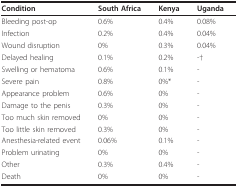
| Condition | South Africa | Kenya | Uganda |
 | --- | --- | --- | --- |
 | Bleeding post-op | 0.6% | 0.4% | 0.08% |
 | Infection | 0.2% | 0.4% | 0.04% |
 | Wound disruption | 0% | 0.3% | 0.04% |
 | Delayed healing | 0.1% | 0.2% | -† |
 | Swelling or hematoma | 0.6% | 0.1% | - |
 | Severe pain | 0.8% | 0%* | - |
 | Appearance problem | 0.6% | 0% | - |
 | Damage to the penis | 0.3% | 0% | - |
 | Too much skin removed | 0% | 0% | - |
 | Too little skin removed | 0.3% | 0% | - |
 | Anesthesia-related event | 0.06% | 0.1% | - |
 | Problem urinating | 0% | 0% | - |
 | Other | 0.3% | 0.4% | - |
 | Death | 0% | 0% | - |